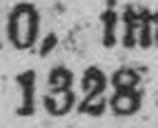
1328